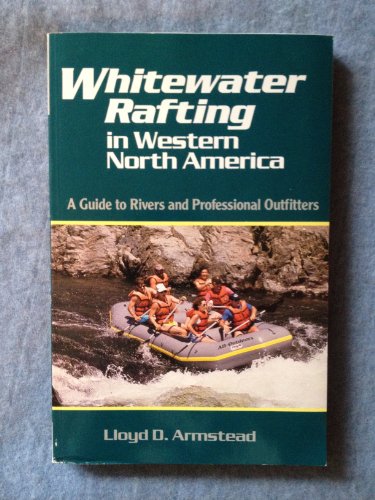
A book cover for Whitewater Rafting in Western North America: A Guide to Rivers and Professional Outfitters; Lloyd D. Armstead; Sports & Outdoors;